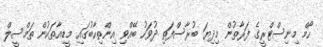
ހޯމް މިނިސްޓްރީގެ ފަރާތުން މިދިޔަ ބުރާސްފަތި ދުވަހު ބޭއްވި އިންތިހާބުގައި މީޑިއާތަކުން ތަމްސީލް